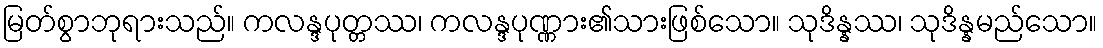
မြတ်စွာဘုရားသည်။ ကလန္ဒပုတ္တဿ၊ ကလန္ဒပုဏ္ဏား၏သားဖြစ်သော။ သုဒိန္နဿ၊ သုဒိန္နမည်သော။